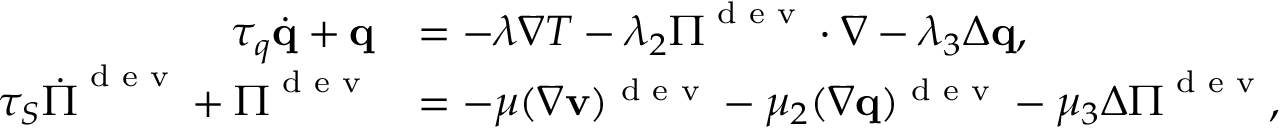
\begin{array} { r l } { \tau _ { q } \dot { \mathbf q } + \mathbf q } & { = - \lambda \nabla T - \lambda _ { 2 } \boldsymbol \Pi ^ { \textrm { d e v } } \cdot \nabla - \lambda _ { 3 } \Delta \mathbf q , } \\ { \tau _ { S } \dot { \boldsymbol \Pi } ^ { \textrm { d e v } } + \boldsymbol \Pi ^ { \textrm { d e v } } } & { = - \mu ( \nabla \mathbf v ) ^ { \textrm { d e v } } - \mu _ { 2 } ( \nabla \mathbf q ) ^ { \textrm { d e v } } - \mu _ { 3 } \Delta \boldsymbol \Pi ^ { \textrm { d e v } } , } \end{array}